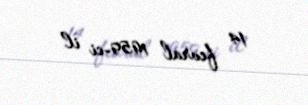
14 fevral 1959-ci il